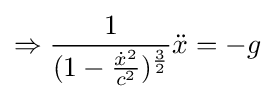
\Rightarrow {\frac {1}{(1-{\frac {{\dot {x}}^{2}}{c^{2}}})^{\frac {3}{2}}}}{\ddot {x}}=-g